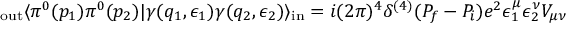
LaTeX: _ \mathrm { o u t } \langle \pi ^ { 0 } ( p _ { 1 } ) \pi ^ { 0 } ( p _ { 2 } ) | \gamma ( q _ { 1 } , \epsilon _ { 1 } ) \gamma ( q _ { 2 } , \epsilon _ { 2 } ) \rangle _ { \mathrm { i n } } = i ( 2 \pi ) ^ { 4 } \delta ^ { ( 4 ) } ( P _ { f } - P _ { i } ) e ^ { 2 } \epsilon _ { 1 } ^ { \mu } \epsilon _ { 2 } ^ { \nu } V _ { \mu \nu }